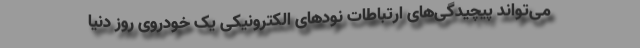
می‌تواند پیچیدگی‌های ارتباطات نودهای الکترونیکی یک خودروی روز دنیا